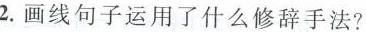
2.画线句子运用了什么修辞手法?